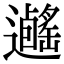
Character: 𨙃